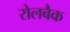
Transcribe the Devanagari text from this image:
रोलबैक